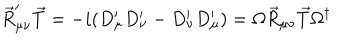
LaTeX: \vec { R } _ { \mu \nu } ^ { \prime } \vec { T } = - i ( D _ { \mu } ^ { \prime } D _ { \nu } ^ { \prime } - D _ { \nu } ^ { \prime } D _ { \mu } ^ { \prime } ) = \Omega \vec { R } _ { \mu \nu } \vec { T } \Omega ^ { \dagger }